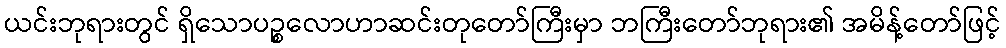
ယင်းဘုရားတွင် ရှိသောပဉ္စလောဟာဆင်းတုတော်ကြီးမှာ ဘကြီးတော်ဘုရား၏ အမိန့်တော်ဖြင့်